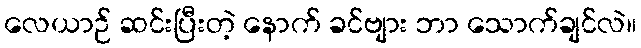
လေယာဉ် ဆင်းပြီးတဲ့ နောက် ခင်ဗျား ဘာ သောက်ချင်လဲ။